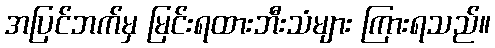
အပြင်ဘက်မှ မြင်းရထားဘီးသံများ ကြားရသည်။